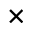
\times